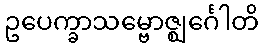
ဥပေက္ခာသမ္ဗောဇ္ဈင်္ဂေါတိ